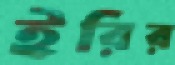
ইরির